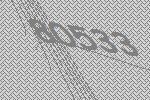
80533